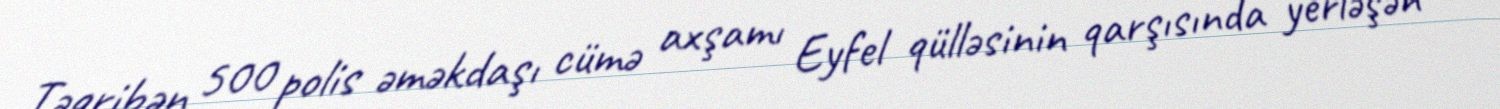
Təqribən 500 polis əməkdaşı cümə axşamı Eyfel qülləsinin qarşısında yerləşən